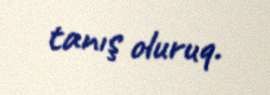
tanış oluruq.